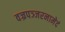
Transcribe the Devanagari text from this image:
वज्रपञ्जरनामेदं